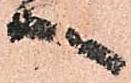
へ